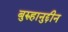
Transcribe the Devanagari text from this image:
बुरुहानुद्दीन